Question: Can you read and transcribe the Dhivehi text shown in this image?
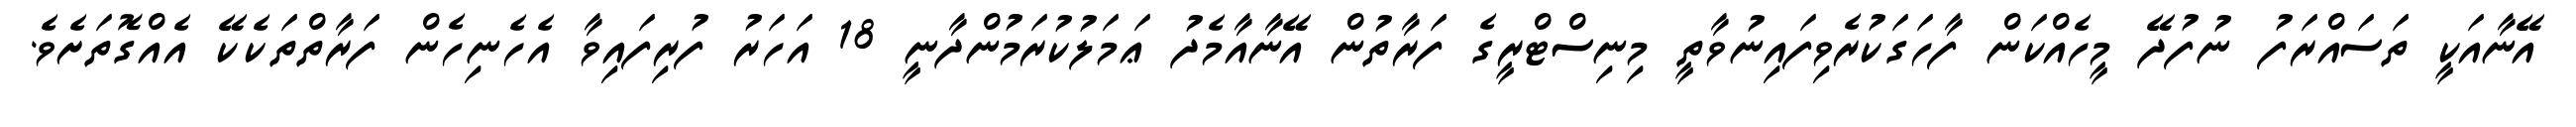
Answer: އޭނާއަކީ ތަސައްރަފު ނުފުދޭ މީހެއްކަން ފާހަގަކުރެވިފައިނުވާތީ މިނިސްޓްރީގެ ފަރާތުން އޭނާއާމެދު ޢަމަލުކުރަމުންދާނީ 18 އަހަރު ފުރިފައިވާ އެހެނިހެން ފަރާތްތަކެކޭ އެއްގޮތަށެވެ.